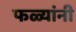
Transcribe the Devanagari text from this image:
फळ्यांनी